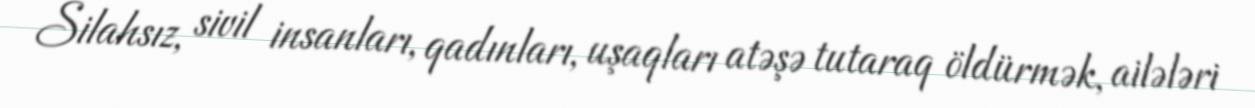
Silahsız, sivil insanları, qadınları, uşaqları atəşə tutaraq öldürmək, ailələri